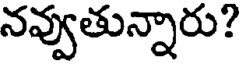
నవ్వుతున్నారు?